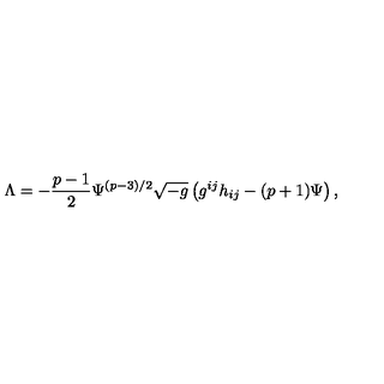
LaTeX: { \Lambda } = - \frac { p - 1 } { 2 } { \Psi } ^ { ( p - 3 ) / 2 } \sqrt { - g } \left( g ^ { i j } h _ { i j } - ( p + 1 ) { \Psi } \right) ,